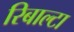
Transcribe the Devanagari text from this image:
रिबाल्टा